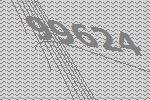
99624